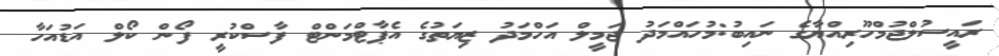
ރައީސުލްޖުމްހޫރިއްޔާގެ ނައިބު:މުހައްމަދު ޖަމީލް އަހްމަދު ޒިޔަތުގެ އެޕާޓްމަންޓް ފާސްކުރީ ފޯން ކޯލް އަޑުއަހާ